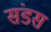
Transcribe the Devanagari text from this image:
संडस